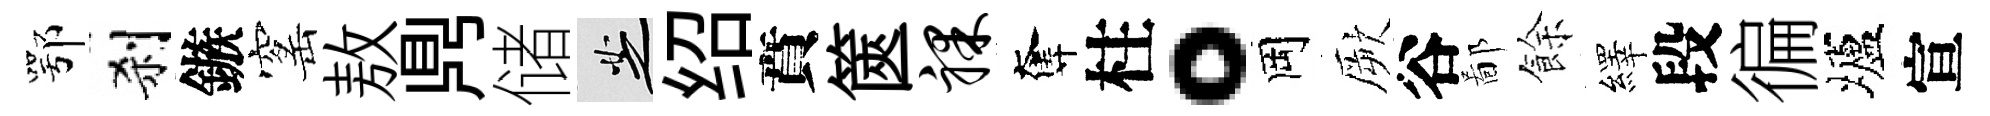
鄂刹鏃窰敖𪔂储芝绍賁篋裸奪柱。岡厥谷鄙餘繹段徧壚宣